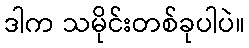
ဒါက သမိုင်းတစ်ခုပါပဲ။